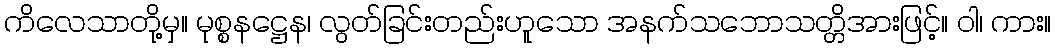
ကိလေသာတို့မှ။ မုစ္စနဋ္ဌေန၊ လွတ်ခြင်းတည်းဟူသော အနက်သဘောသတ္တိအားဖြင့်။ ဝါ၊ ကား။